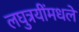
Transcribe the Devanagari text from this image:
लघुत्रयींमधले